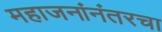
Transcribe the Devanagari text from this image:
महाजनांनंतरचा